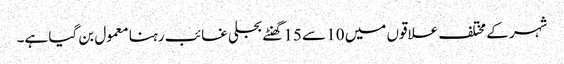
شہر کے مختلف علاقوں میں 10 سے 15 گھنٹے بجلی غائب رہنا معمول بن گیا ہے۔